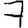
Digit: 7